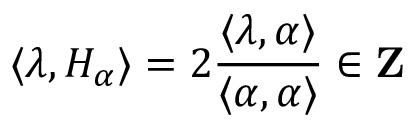
\langle \lambda , H _ { \alpha } \rangle = 2 { \frac { \langle \lambda , \alpha \rangle } { \langle \alpha , \alpha \rangle } } \in \mathbf { Z }